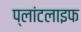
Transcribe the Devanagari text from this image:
प्लांटलाइफ